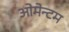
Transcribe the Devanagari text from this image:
ओमेन्टम